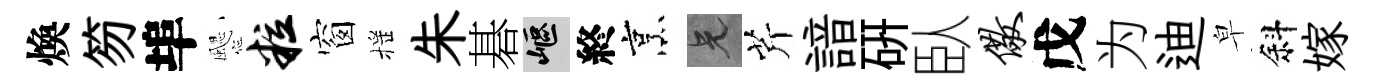
煥笏埠颸粒窗摇朱碁嶇終烹兄芹諳硏臥儆戊为迪皁斜嫁